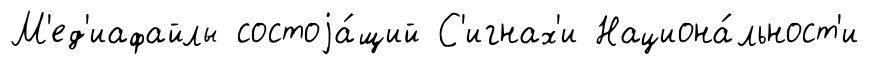
М'ед'иафайлы состоjа́щий С'игнах'и Национа́льност'и